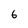
Character: 6